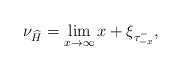
\begin{align*}\nu_{\widehat{H}}=\lim_{x\to\infty}x+\xi_{\tau^{-}_{-x}},\end{align*}